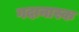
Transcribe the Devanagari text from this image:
गदानास्क